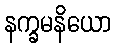
နက္ခမနိယော